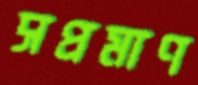
সপ্রমাণ